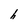
Character: h